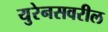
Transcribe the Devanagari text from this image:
युरेनसवरील